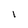
Character: I